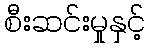
စီးဆင်းမှုနှင့်